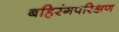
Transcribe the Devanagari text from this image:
बहिरंगपरिक्षण